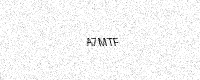
Text: A7MTF